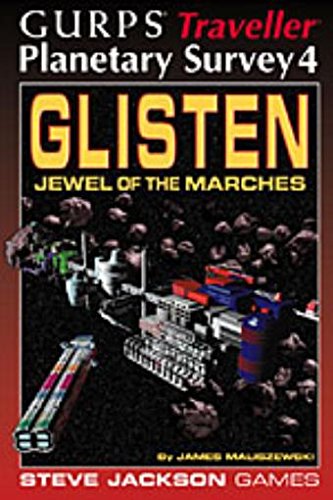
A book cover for GURPS Traveller Planetary Survey 4 Gl; Jamess Maliszewski; Science Fiction & Fantasy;